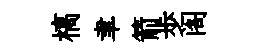
槁聿箭歩阁